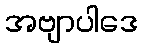
အဗျာပါဒေ